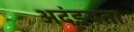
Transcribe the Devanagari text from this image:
अदंडयता